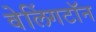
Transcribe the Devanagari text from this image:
वेलिंगटॉन